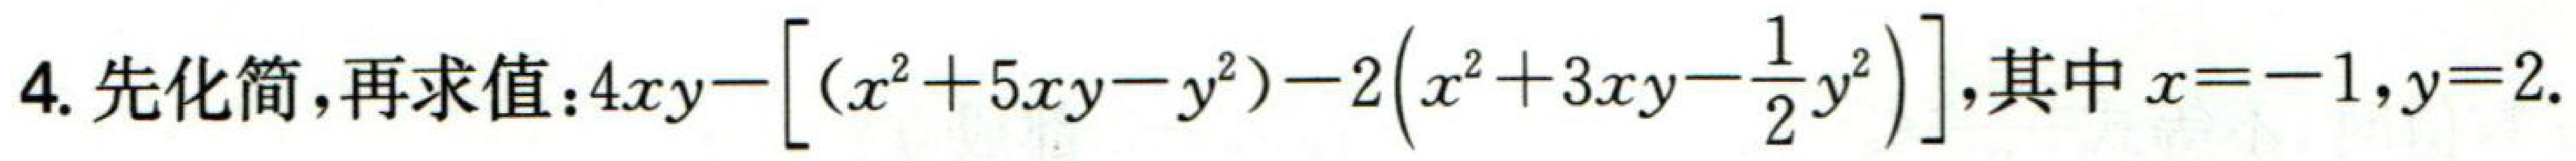
$4. 先化简，再求值：4xy-\left[(x^{2}+5xy - y^{2})-2\left(x^{2}+3xy-\frac{1}{2}y^{2}\right)\right]，其中x = - 1，y = 2.$